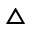
\vartriangle